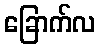
ခြောက်လ